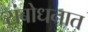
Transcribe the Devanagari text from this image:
संबोधनात